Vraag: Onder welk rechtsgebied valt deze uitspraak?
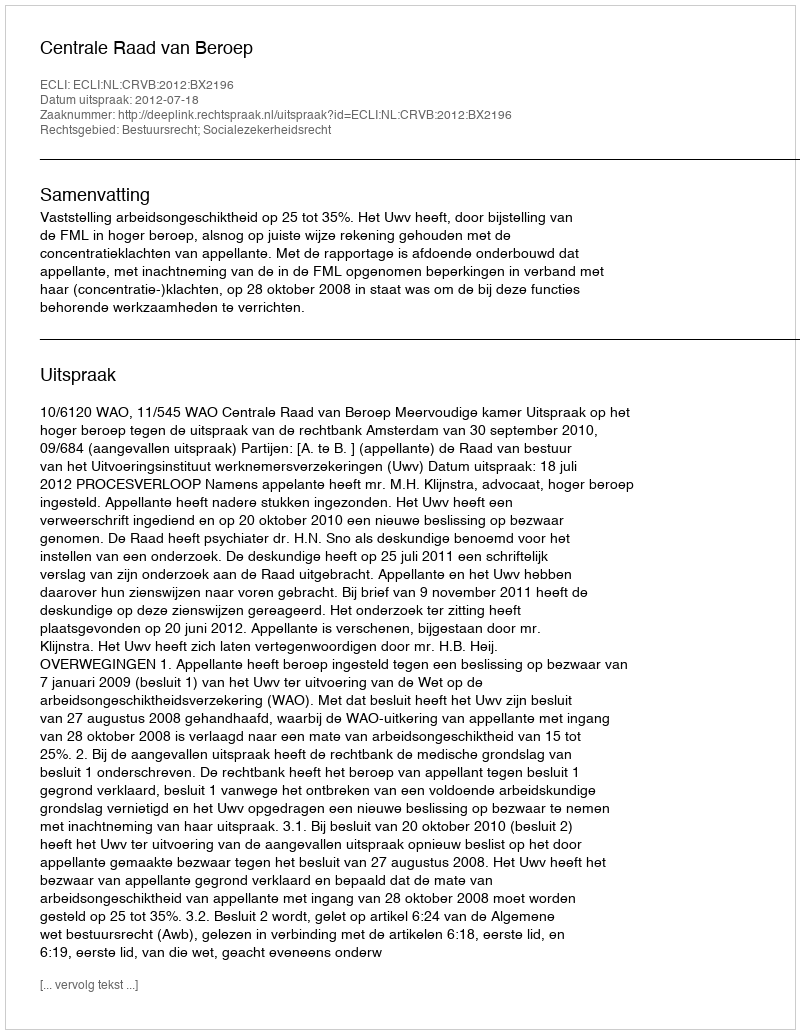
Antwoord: Bestuursrecht; Socialezekerheidsrecht